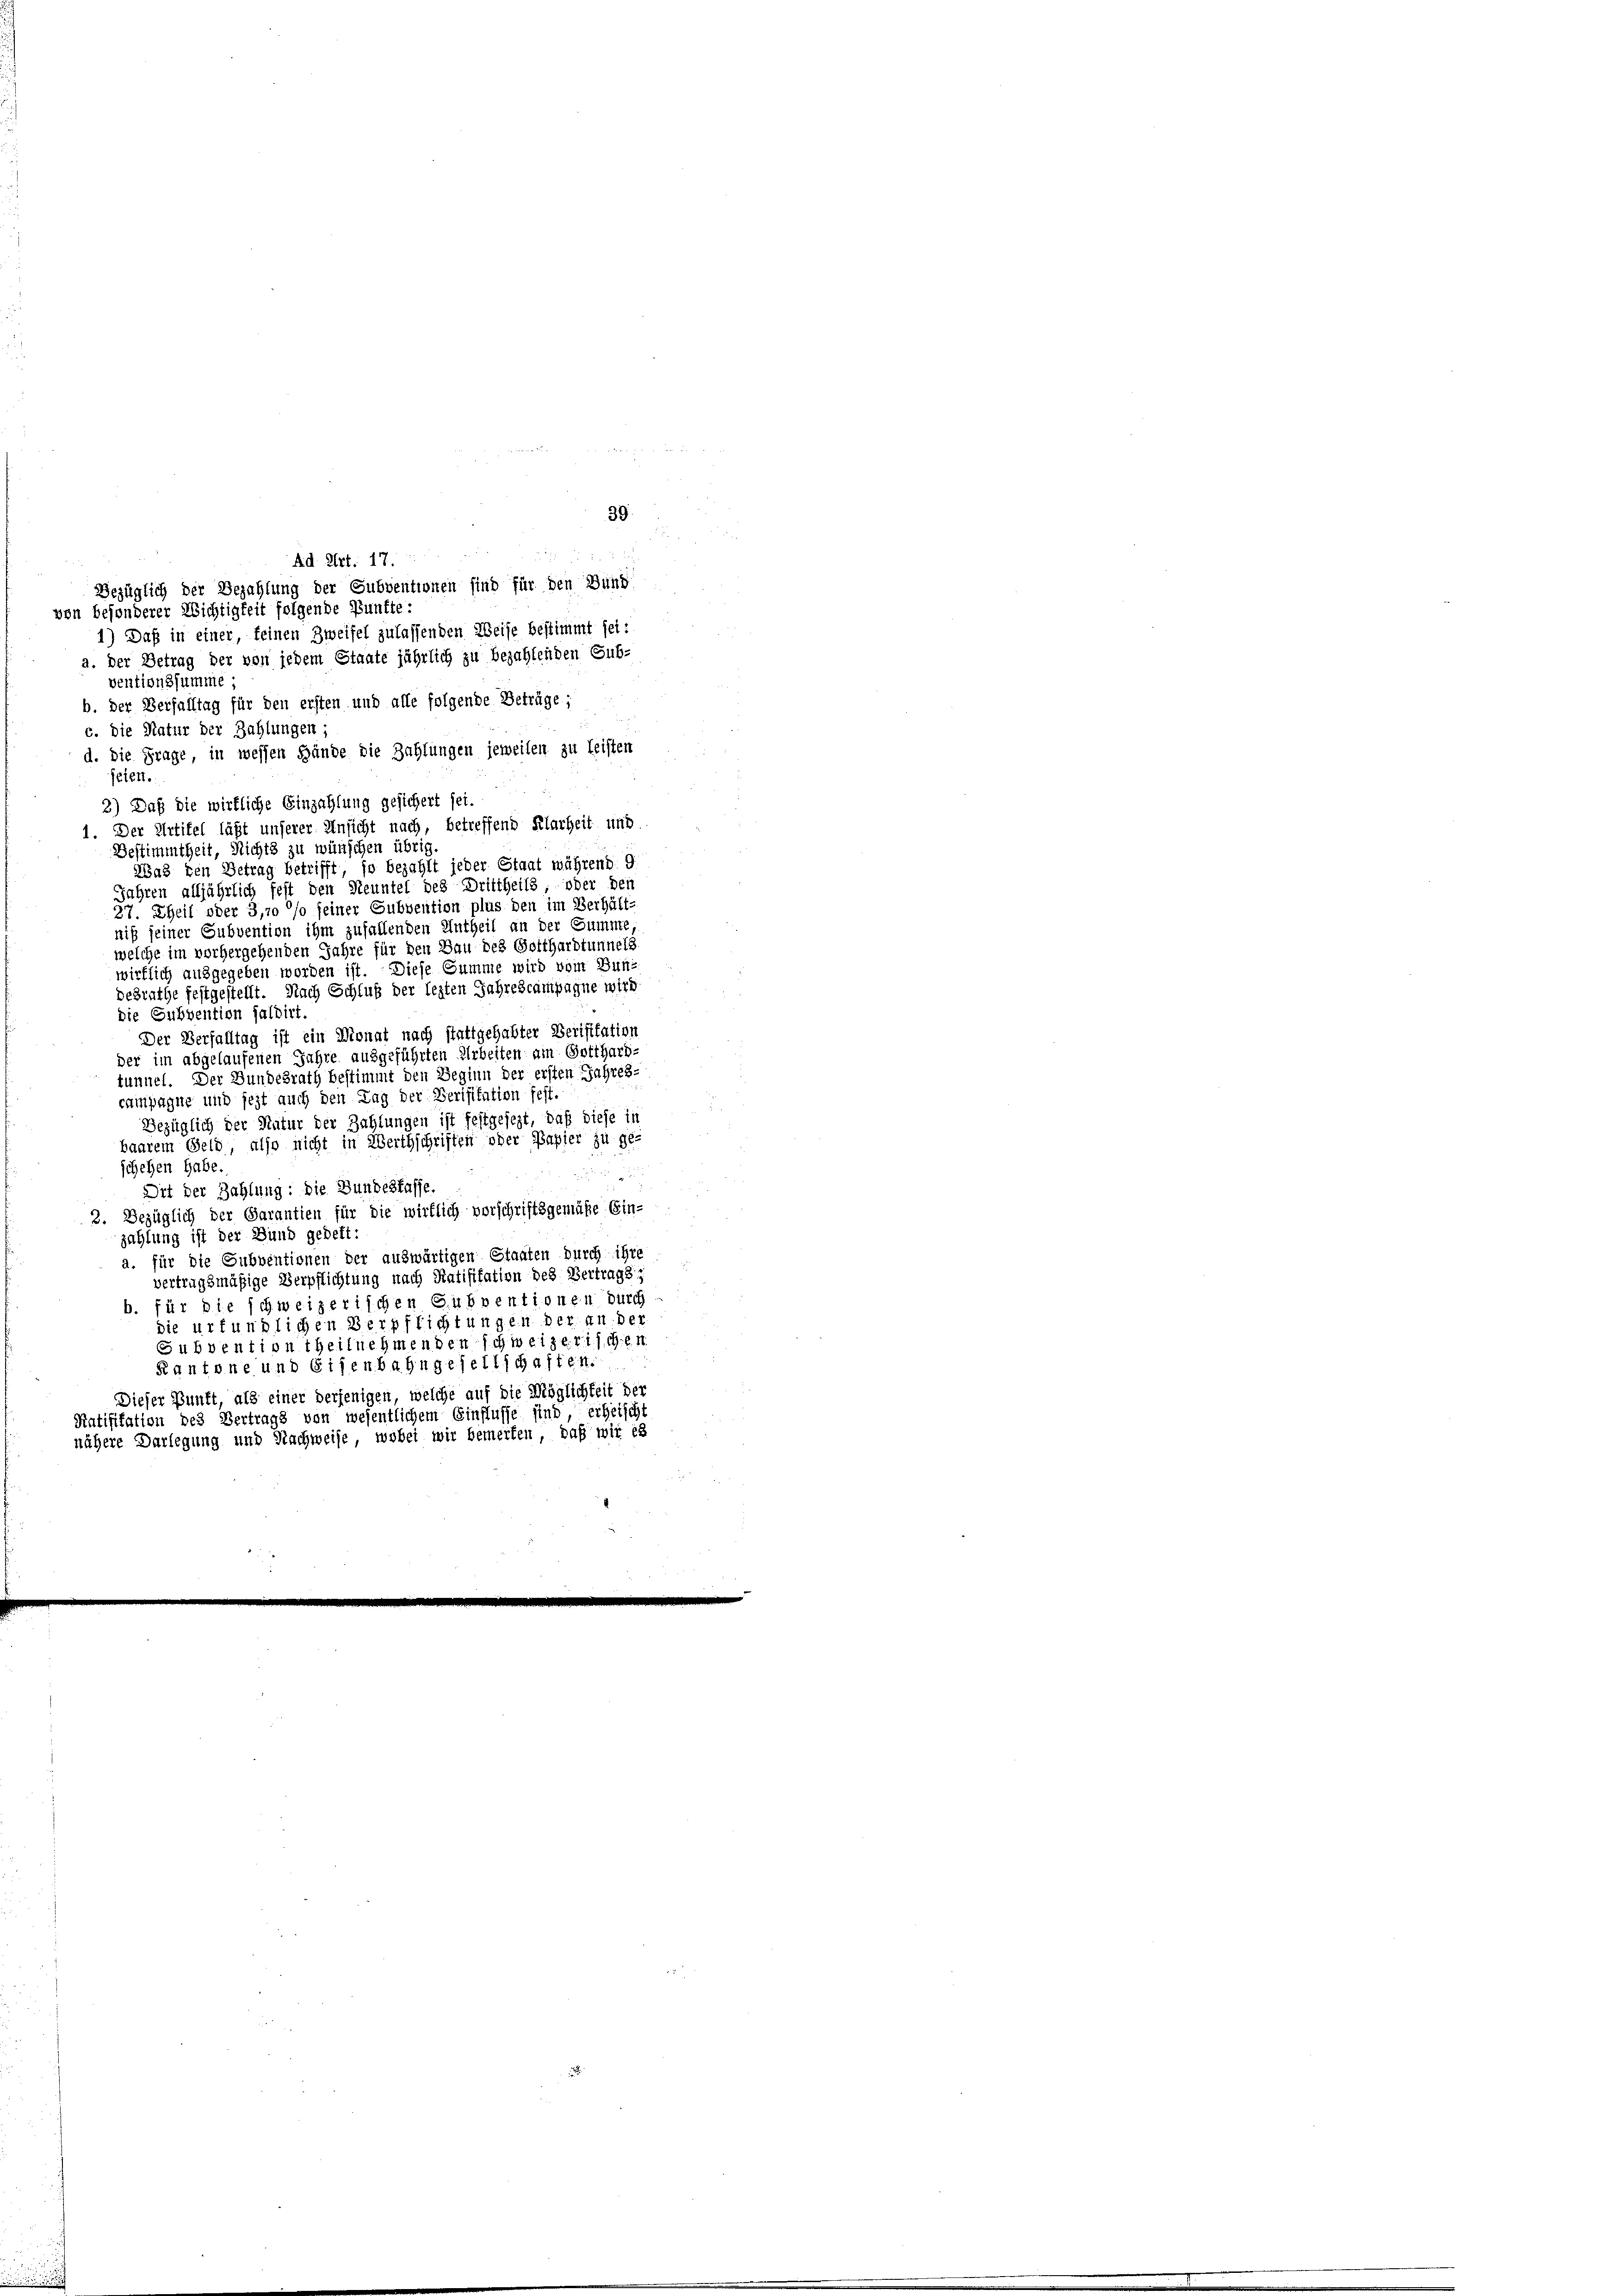
ventionssumme
b. der Verfalltag für den ersten und alle folgende Beträge;
c. die Natur der Zahlungen;
d. Die Frage, in wessen Hände die Zahlungen jeweilen zu leisten
feten.
3) Daß die wirkliche Einzahlung gesichert sei.
1. Der Artikel läßt unserer Ansicht nach, betreffend Klarheit und
Bestimmtheit, Nichts zu wünschen übrig
Was den Betrag betrifft, so bezahlt jeder Staat während: 9
Jahren alljährlich fest den Neuntel des Drittheils, oder den
27. Theil oder 3,70 % seiner Subvention plus den im Verhält
niß seiner Gubvention ihm zufallenden Antheil an der Summe
welche im vorhergehenden Jahre für den Bau des Gotthardtunnels
wirklich ausgegeben worden ist. Diese Summe wird vom Bundesrathe festgestellt. Nach Schluß der lezten Jahrescampagne wird
die Subvention faldirt.
Der Verfalltag ist ein Monat nach stattgehabter Verifikation
der im abgelaufenen Jahre ausgeführten Arbeiten am Gotthard-
tunnel. Der Bundesrath bestimmt den Beginn der ersten Jahres-
campagne und jezt auch den Tag der Verisitation fest.
Bezüglich der Natur der Zahlungen ist festgesezt, daß diese li
baarem Geld, also nicht in Werthschriften oder Papier zu ge-
schehen habe.
e
Dit der Zahlung: die Bundesfasse.
2. Bezüglich der Garantien für die wirklich vorschriftsgemäße Ein-
zahlung ist der Bund gedert:
a. für die Subventionen der auswärtigen Staaten durch ihre
vertragsmäßige Verpflichtung nach Ratifikation des Vertrags i
b. für die schweizerischen Subventionen durch
die urfündlichen Verpflichtungen der an der
Subvention theilnehmenden schweizerischen
Kantone und Eisenbahngesellschaften.
Dieser Punkt, als einer derjenigen, welche auf die Möglichkeit der
Ratifikation des Vertrags von wesentlichem Einflusse sind, erheischt
nähere Darlegung und Nachweise, wobei wir bemerken, daß wir es

Ad Art. 17.
Bezüglich der Bezahlung der Subventionen sind für den Bund
von besonderer Richtigkeit folgende Bünfte:
1) Daß in einer, feinen Zweifel zulassenden Weise bestimmt sei:
a. der Betrag der von jedem Staate jährlich zu bezahlenden Gub-

39